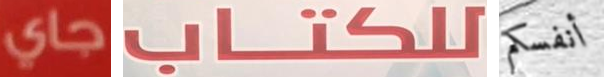
جاي للكتاب أنفسكم